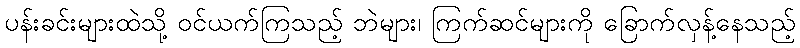
ပန်းခင်းများထဲသို့ ဝင်ယက်ကြသည့် ဘဲများ၊ ကြက်ဆင်များကို ခြောက်လှန့်နေသည့်